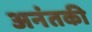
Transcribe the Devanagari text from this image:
अनंतकी